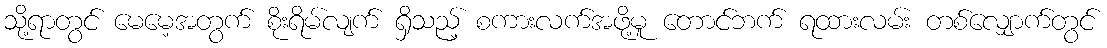
သို့ရာတွင် မေမေ့အတွက် စိုးရိမ်လျက် ရှိသည့် စကားလက်အဖို့မူ တောင်ဘက် ရထားလမ်း တစ်လျှောက်တွင်